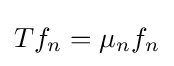
Tf_{n}=\mu _{n}f_{n}